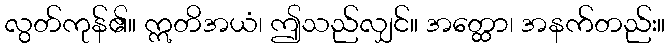
လွတ်ကုန်၏။ ဣတိအယံ၊ ဤသည်လျှင်။ အတ္ထော၊ အနက်တည်း။